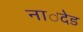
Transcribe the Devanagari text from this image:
ना॑देड